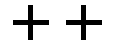
++